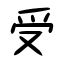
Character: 受